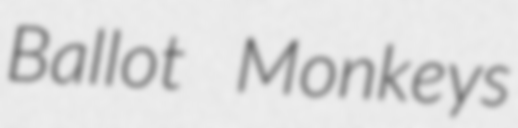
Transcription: Ballot Monkeys